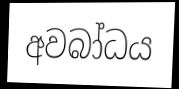
අවබා්ධය